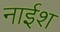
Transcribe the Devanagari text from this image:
नाईश